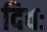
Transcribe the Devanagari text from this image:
दिवः